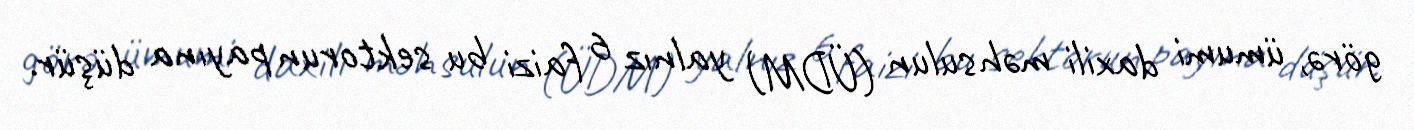
görə, ümumi daxili məhsulun (ÜDM) yalnız 6 faizi bu sektorun payına düşür.